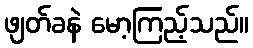
ဖျတ်ခနဲ မော့ကြည့်သည်။